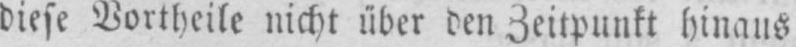
diese Vortheile nicht über den Zeitpunkt hinaus